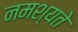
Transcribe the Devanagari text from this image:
नमश्यते